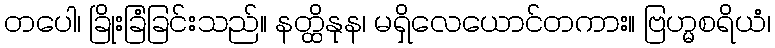
တပေါ၊ ခြိုးခြံခြင်းသည်။ နတ္ထိနုန၊ မရှိလေယောင်တကား။ ဗြဟ္မစရိယံ၊